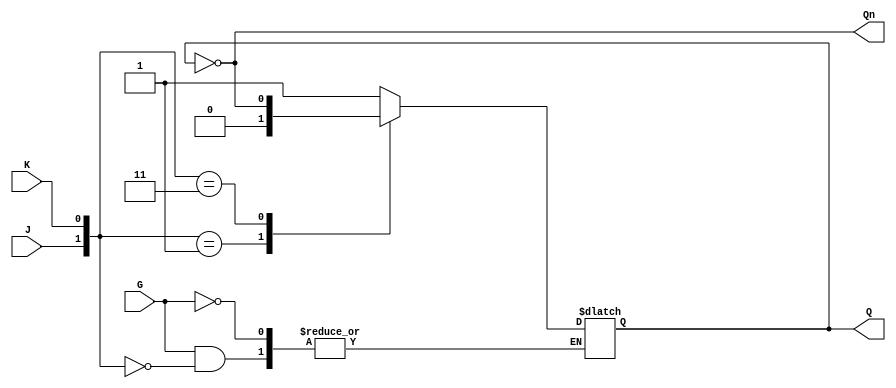
module GatedJKLatch (
    input wire J,      // Set input
    input wire K,      // Reset input
    input wire G,      // Gate input (active high)
    output reg Q,      // Current state output
    output wire Qn     // Inverted state output
);

    assign Qn = ~Q; // Inverted output

    always @(G or J or K or Q) begin
        if (G) begin
            case ({J, K})
                2'b10: Q <= 1'b1; // Set state
                2'b01: Q <= 1'b0; // Reset state
                2'b00: Q <= Q;    // No change
                2'b11: Q <= ~Q;   // Toggle state
            endcase
        end
        // If G is low, Q retains its previous state
    end

endmodule